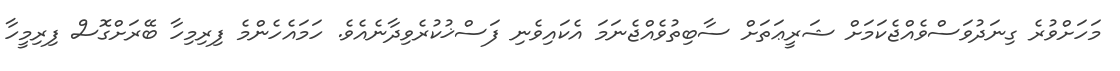
މަހަށްވުރެ ގިނަދުވަސްވެއްޖެކަމަށް ޝަރީޢަތަށް ސާބިތުވެއްޖެނަމަ އެކައިވެނި ފަސްޚުކުރެވިދާނެއެވެ. ހަމައެހެންމެ ފިރިމިހާ ބޭރަށްގޮސް ފިރިމީހާ